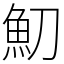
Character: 魛